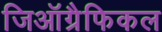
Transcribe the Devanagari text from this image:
जिऑग्रैफिकल